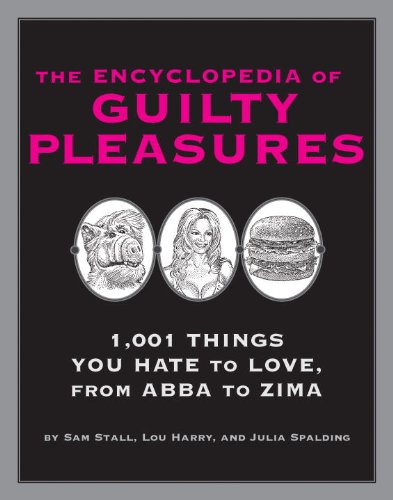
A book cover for The Encyclopedia of Guilty Pleasures; Sam Stall; Humor & Entertainment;